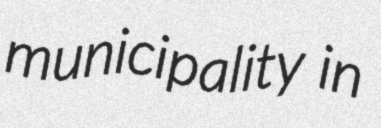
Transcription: municipality in